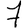
Digit: 7